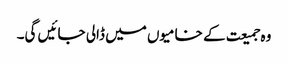
وہ جمیعت کے خامیوں میں ڈالی جائیں گی۔